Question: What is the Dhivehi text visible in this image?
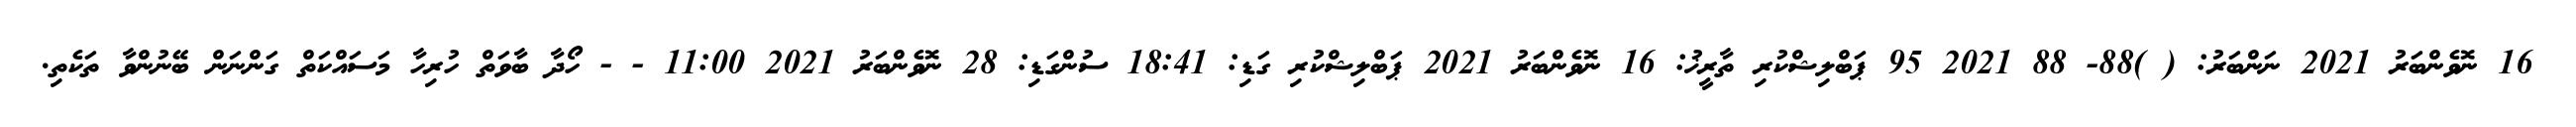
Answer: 16 ނޮވެންބަރު 2021 ނަންބަރު: ( )88- 88 2021 95 ޕަބްލިޝްކުރި ތާރީޚު: 16 ނޮވެންބަރު 2021 ޕަބްލިޝްކުރި ގަޑި: 18:41 ސުންގަޑި: 28 ނޮވެންބަރު 2021 11:00 - - ހޯދާ ބާވަތް ހުރިހާ މަސައްކަތް ގަންނަން ބޭނުންވާ ތަކެތި.